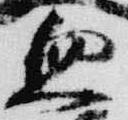
血